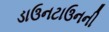
ડાઉનટાઉનની